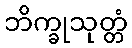
ဘိက္ခုသုတ္တံ